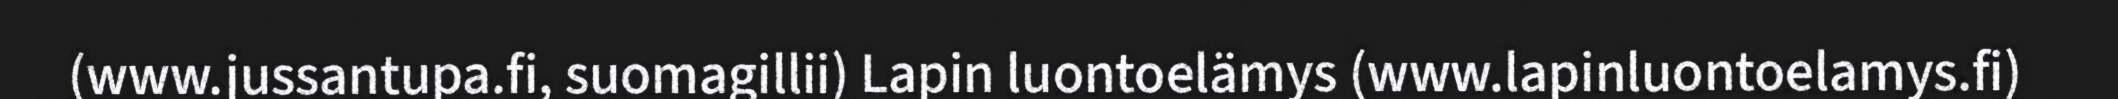
(www.jussantupa.fi, suomagillii) Lapin luontoelämys (www.lapinluontoelamys.fi)